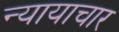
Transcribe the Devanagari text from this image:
न्यायाचार